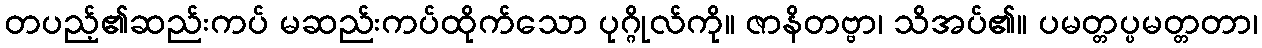
တပည့်၏ဆည်းကပ် မဆည်းကပ်ထိုက်သော ပုဂ္ဂိုလ်ကို။ ဇာနိတဗ္ဗာ၊ သိအပ်၏။ ပမတ္တပ္ပမတ္တတာ၊